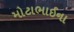
મોટાભાઈના